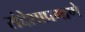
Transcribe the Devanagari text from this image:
संदेशाप्रमाणे